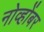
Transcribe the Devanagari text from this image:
नोव्होंबर